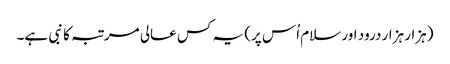
(ہزار ہزار درود اور سلام اُس پر) یہ کس عالی مرتبہ کا نبی ہے۔